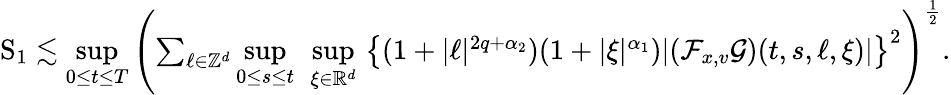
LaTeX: \begin{array}{r}{\mathrm{S}_{1}\lesssim\underset{0\leq t\leq T}{\operatorname*{sup}}\left(\sum_{\ell\in\mathbb Z^{d}}\underset{0\leq s\leq t}{\operatorname*{sup}}\ \underset{\xi\in\mathbb R^{d}}{\operatorname*{sup}}\, \left\lbrace(1+\vert\ell\vert^{2q+\alpha_{2}})(1+\vert\xi\vert^{\alpha_{1}})\vert(\mathcal{F}_{x,v}\mathcal{G})(t,s,\ell,\xi)\vert\right\rbrace^{2}\right)^{\frac{1}{2}}.}\end{array}